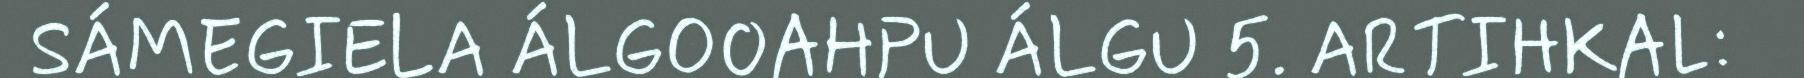
SÁMEGIELA ÁLGOOAHPU ÁLGU 5. ARTIHKAL: